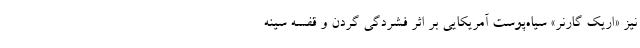
نیز «اریک گارنر» سیاه‌پوست آمریکایی بر اثر فشردگی گردن و قفسه سینه